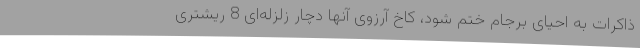
ذاکرات به احیای برجام ختم شود، کاخ آرزوی آنها دچار زلزله‌ای 8 ریشتری